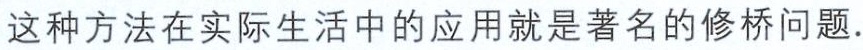
这种方法在实际生活中的应用就是著名的修桥问题.